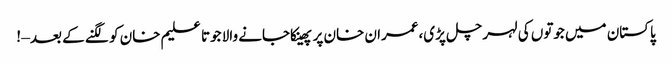
پاکستان میں جوتوں کی لہر چل پڑی،عمران خان پر پھینکاجانے والا جوتا علیم خان کو لگنے کے بعد – !